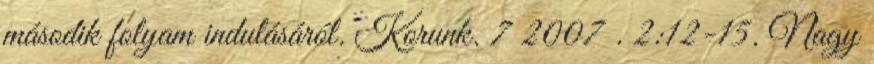
második folyam indulásáról. Korunk. 7 2007 . 2:12-15. Nagy